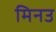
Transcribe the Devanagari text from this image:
मिनउ